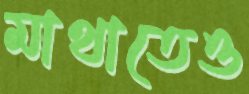
মাথাতেও